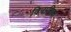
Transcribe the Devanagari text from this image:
विनाशिक